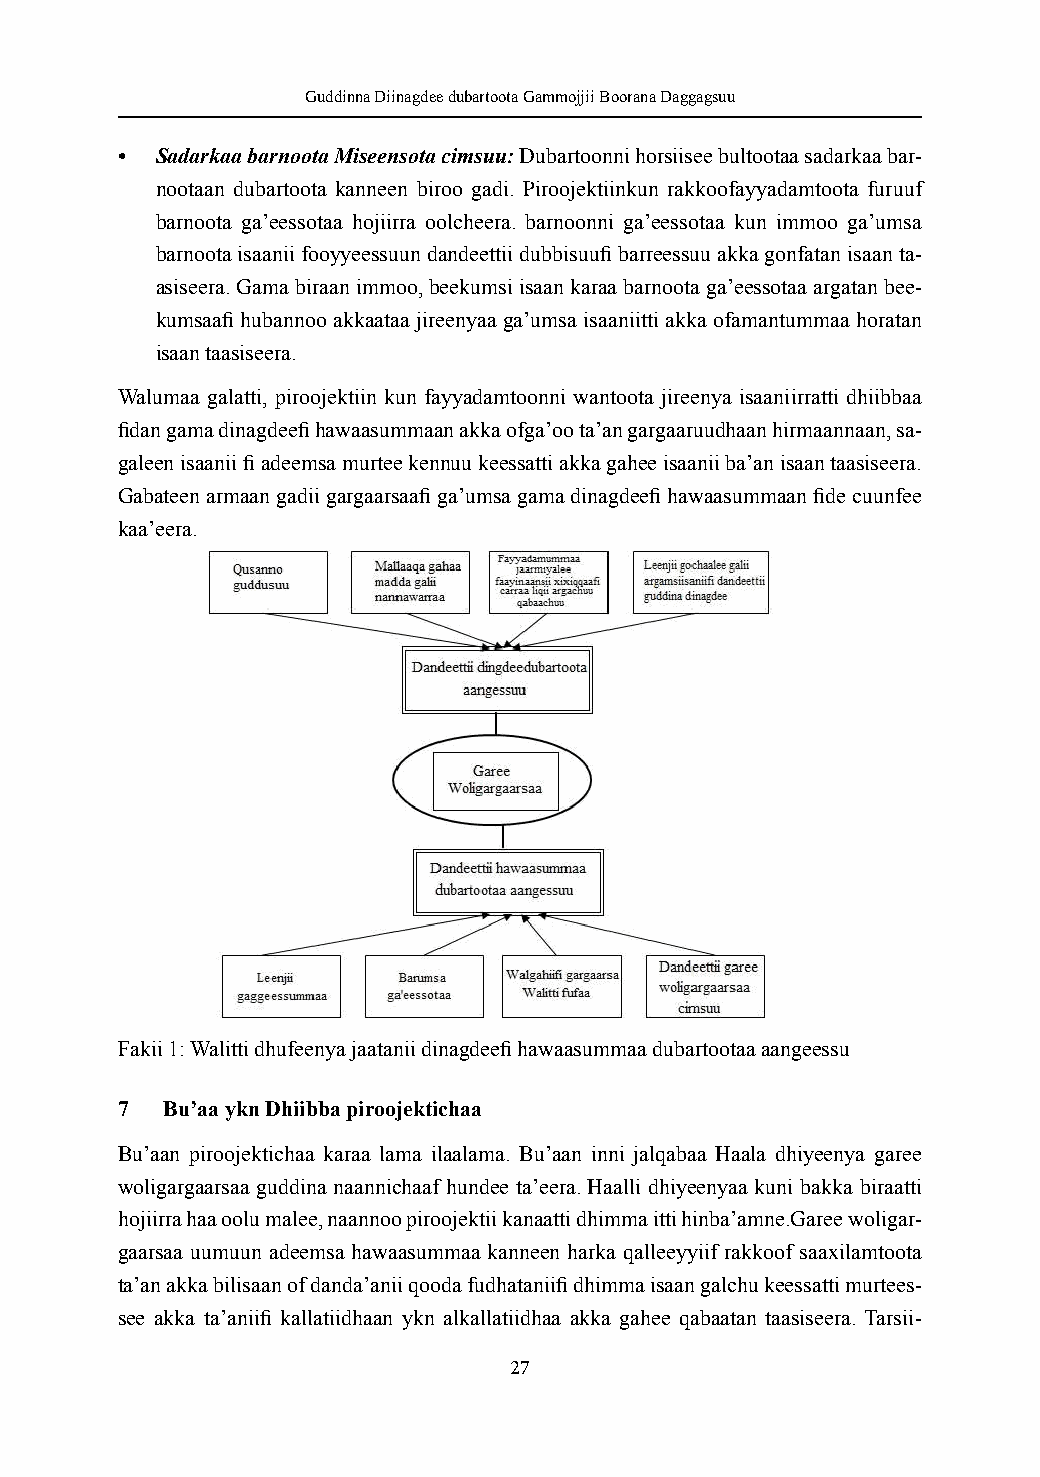
Guddinna Diinagdee dubartoota Gammojjii Boorana Daggagsuu
 • Sadarkaa barnoota Miseensota cimsuu: Dubartoonni horsiisee bultootaa sadarkaa bar-
 nootaan dubartoota kanneen biroo gadi. Piroojektiinkun rakkoofayyadamtoota furuuf
 barnoota ga’eessotaa hojiirra oolcheera. barnoonni ga’eessotaa kun immoo ga’umsa
 barnoota isaanii fooyyeessuun dandeettii dubbisuufi barreessuu akka gonfatan isaan ta-
 asiseera. Gama biraan immoo, beekumsi isaan karaa barnoota ga’eessotaa argatan bee-
 kumsaafi hubannoo akkaataa jireenyaa ga’umsa isaaniitti akka ofamantummaa horatan
 isaan taasiseera.
 Walumaa galatti, piroojektiin kun fayyadamtoonni wantoota jireenya isaaniirratti dhiibbaa
 fidan gama dinagdeefi hawaasummaan akka ofga’oo ta’an gargaaruudhaan hirmaannaan, sa-
 galeen isaanii fi adeemsa murtee kennuu keessatti akka gahee isaanii ba’an isaan taasiseera.
 Gabateen armaan gadii gargaarsaafi ga’umsa gama dinagdeefi hawaasummaan fide cuunfee
 kaa’eera.
 Fakii 1: Walitti dhufeenya jaatanii dinagdeefi hawaasummaa dubartootaa aangeessu
 7  Bu’aa ykn Dhiibba piroojektichaa
 Bu’aan piroojektichaa karaa lama ilaalama. Bu’aan inni jalqabaa Haala dhiyeenya garee
 woligargaarsaa guddina naannichaaf hundee ta’eera. Haalli dhiyeenyaa kuni bakka biraatti
 hojiirra haa oolu malee, naannoo piroojektii kanaatti dhimma itti hinba’amne.Garee woligar-
 gaarsaa uumuun adeemsa hawaasummaa kanneen harka qalleeyyiif rakkoof saaxilamtoota
 ta’an akka bilisaan of danda’anii qooda fudhataniifi dhimma isaan galchu keessatti murtees-
 see akka ta’aniifi kallatiidhaan ykn alkallatiidhaa akka gahee qabaatan taasiseera. Tarsii-
 27